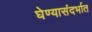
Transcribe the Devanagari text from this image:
घेण्यासंदर्भात